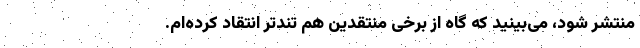
منتشر شود، می‌بینید که گاه از برخی منتقدین هم تندتر انتقاد کرده‌ام.